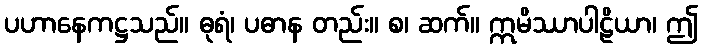
ပဟာနေကဋ္ဌသည်။ ဓုရံ၊ ပဓာန တည်း။ စ၊ ဆက်။ ဣမိဿာပါဠိယာ၊ ဤ